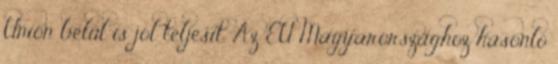
Unión belül is jól teljesít. Az EU Magyarországhoz hasonló